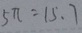
5 \pi = 1 5 . 7